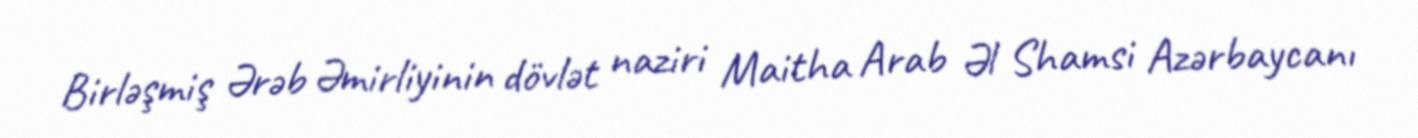
Birləşmiş Ərəb Əmirliyinin dövlət naziri Maitha Arab Əl Shamsi Azərbaycanı